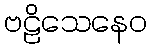
ဗဠိသေနေဝ